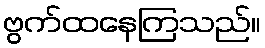
ဗွက်ထနေကြသည်။